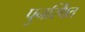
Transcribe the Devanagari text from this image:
पुनर्स्थित